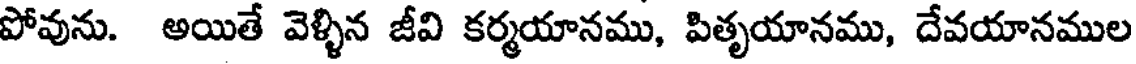
పోవును. అయితే వెళ్ళిన జీవి కర్మయానము, పితృయానము, దేవయానముల